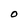
Character: O